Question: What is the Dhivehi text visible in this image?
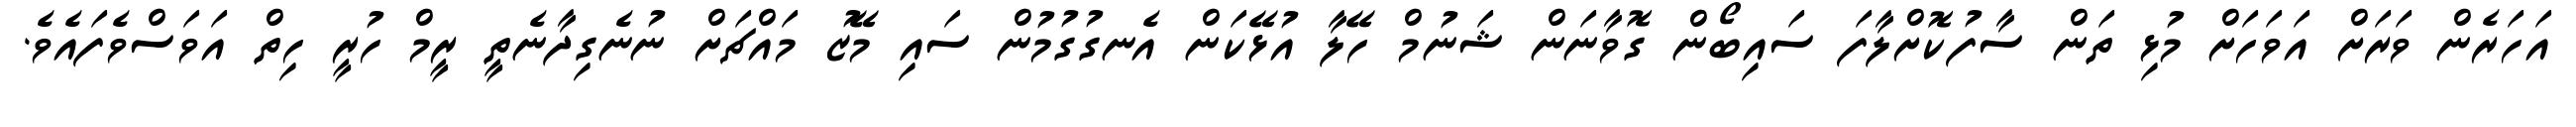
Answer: އަހަރެން ވަރަށް އަވަހަށް މުޅި ތަން ސާފުކޮށްލާފަ ސައިބޯން ގޮވާނަން ޝަނުމް ހޭލާ އުޅޭކަން އެނގުގުމުން ސައި މޭޒު މައްޗަށް ނުނެގިދާނެތީ ރީމް ހުރީ ހިތް އަވަސްވެފައެވެ.